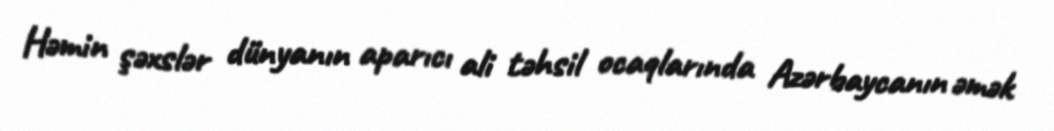
Həmin şəxslər dünyanın aparıcı ali təhsil ocaqlarında Azərbaycanın əmək